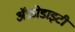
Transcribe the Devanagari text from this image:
ॲफ्रोडाइटी